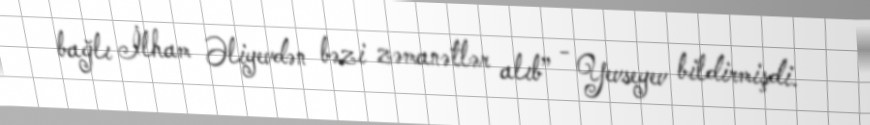
bağlı İlham Əliyevdən bəzi zəmanətlər alıb” - Yevseyev bildirmişdi.